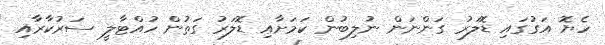
ހެޔޮ އަގުގައި ޑޮލަރު ގަންނަން ނުލިބުން ކަމަށާއި ޑޮލަރު ގަތުން ހުއްޓާލީ ސަރުކާރާއި